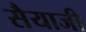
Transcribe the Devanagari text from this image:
सैयाजी